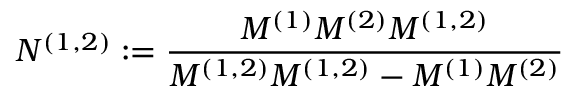
N ^ { ( 1 , 2 ) } : = \frac { M ^ { ( 1 ) } M ^ { ( 2 ) } M ^ { ( 1 , 2 ) } } { M ^ { ( 1 , 2 ) } M ^ { ( 1 , 2 ) } - M ^ { ( 1 ) } M ^ { ( 2 ) } }